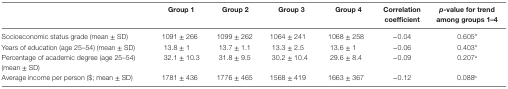
|  | Group 1 | Group 2 | Group 3 | Group 4 | Correlation coefficient | p-value for trend among groups 1–4 |
 | --- | --- | --- | --- | --- | --- | --- |
 | Socioeconomic status grade (mean ± SD) | 1091 ± 266 | 1099 ± 262 | 1064 ± 241 | 1068 ± 258 | −0.04 | 0.605a |
 | Years of education (age 25–54) (mean ± SD) | 13.8 ± 1 | 13.7 ± 1.1 | 13.3 ± 2.5 | 13.6 ± 1 | −0.06 | 0.403a |
 | Percentage of academic degree (age 25–54) (mean ± SD) | 32.1 ± 10.3 | 31.8 ± 9.5 | 30.2 ± 10.4 | 29.6 ± 8.4 | −0.09 | 0.207a |
 | Average income per person ($; mean ± SD) | 1781 ± 436 | 1776 ± 465 | 1568 ± 419 | 1663 ± 367 | −0.12 | 0.088b |